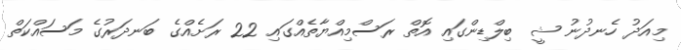
މިއަދު ހެނދުނު ޝީ ބިލްޑިންގައި އޮތް ރަސްމިއްޔާތެއްގައި 22 ރަށެއްގެ ބަނދަރުގެ މަސައްކަތް